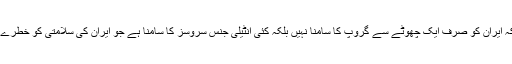
انہوں نے مزید کہا کہ ہمیں اس بات پر یقین رکھنا ہے کہ ایران کو صرف ایک چھوٹے سے گروپ کا سامنا نہیں بلکہ کئی انٹیلی جنس سروسز کا سامنا ہے جو ایران کی سلامتی کو خطرے میں ڈالنے کیلئے ایک دوسرے کیساتھ متحد ہوگئے ہیں۔